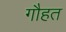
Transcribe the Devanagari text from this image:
गौहत